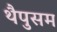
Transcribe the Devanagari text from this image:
थैपुसम